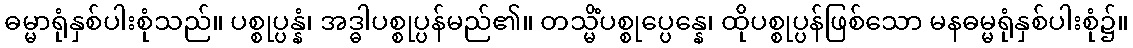
ဓမ္မာရုံနှစ်ပါးစုံသည်။ ပစ္စုပ္ပန္နံ၊ အဒ္ဓါပစ္စုပ္ပန်မည်၏။ တသ္မိံပစ္စုပ္ပေန္နေ၊ ထိုပစ္စုပ္ပန်ဖြစ်သော မနဓမ္မရုံနှစ်ပါးစုံ၌။